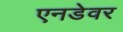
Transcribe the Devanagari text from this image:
एनडेवर